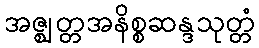
အဇ္ဈတ္တအနိစ္စဆန္ဒသုတ္တံ